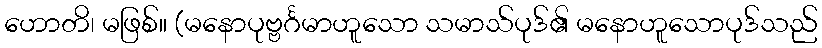
ဟောတိ၊ မဖြစ်။ (မနောပုဗ္ဗင်္ဂမာဟူသော သမာသ်ပုဒ်၏ မနောဟူသောပုဒ်သည်